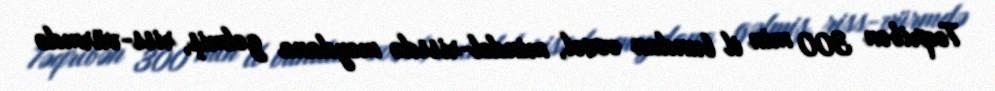
Təqribən 300 min il bundan əvvəl, mindel-rissdə meydana gəlmiş, riss-vürmdə